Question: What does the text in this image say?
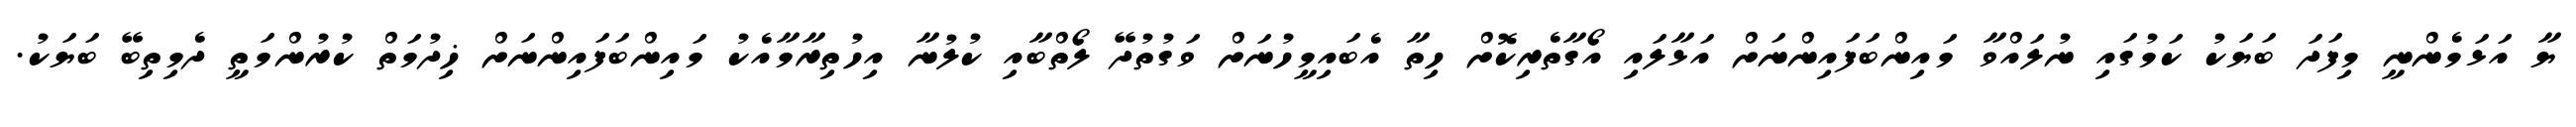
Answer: ޔާ އަޅަމެންނީ މިފަދަ ބަޔަކު ކަމުގައި ނުލައްވާ މައިންބަފައިންނަށް އަޅާލައި އޯގާތެރިކޮށް ހިތާ އެބައިމީހުނަށް ވަގުތުދޭ ލޯތްބާއި ކުލުނާ އިހުތިރާމާއެކު މައިންބަފައިންނަށް ޚިދުމަތް ކުރުންމަތީ ދެމިތިބޭ ބަޔަކު.